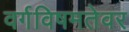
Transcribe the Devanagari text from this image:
वर्गविषमतेवर